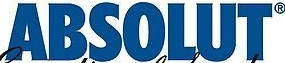
ABSOLUT